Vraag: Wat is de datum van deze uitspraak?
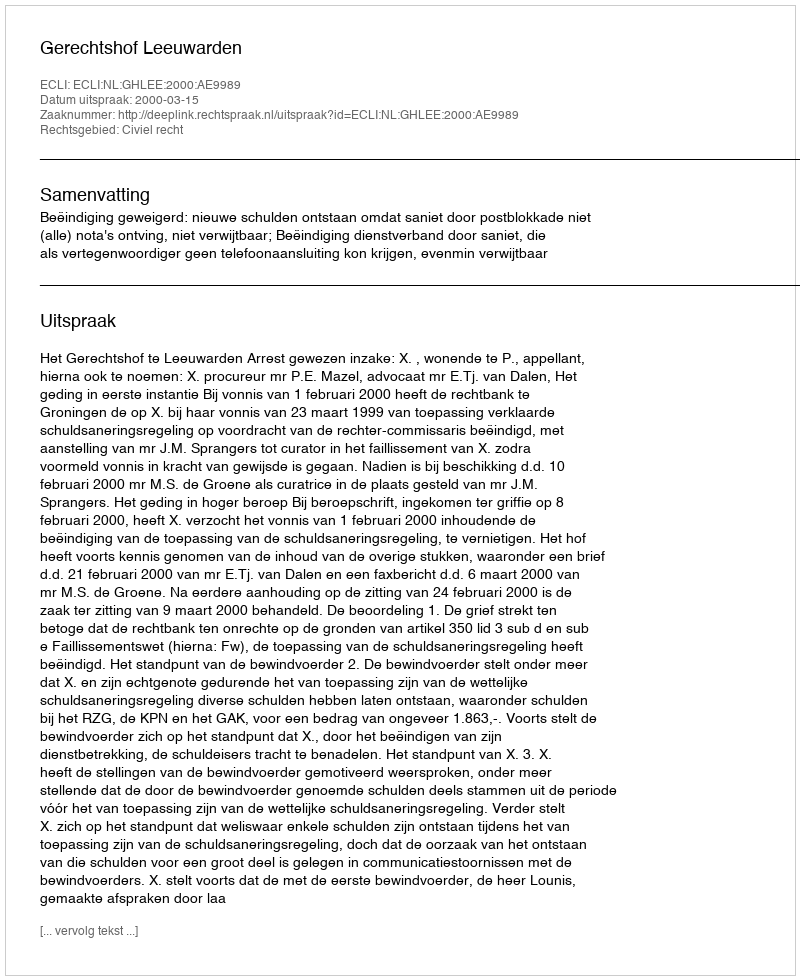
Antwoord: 2000-03-15